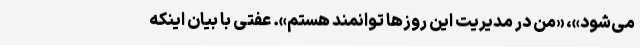
می‌شود»، «من در مدیریت این روزها توانمند هستم». عفتی با بیان اینکه